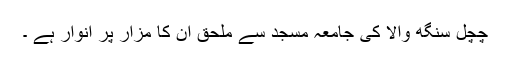
چچل سنگھ والا کی جامعہ مسجد سے ملحق ان کا مزار پر انوار ہے ۔